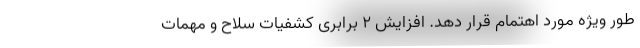
طور ویژه مورد اهتمام قرار دهد. افزایش ۲ برابری کشفیات سلاح و مهمات